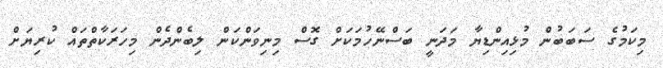
މިކަމުގެ ސަބަބުން މުޅިއިންޑިޔާ މަދަނީ ބަސްނޭހުމަކަށް ގޮސް މިނިވަންކަން ލިބެންދެން މިހަރަކާތްތައް ކުރިޔަށް